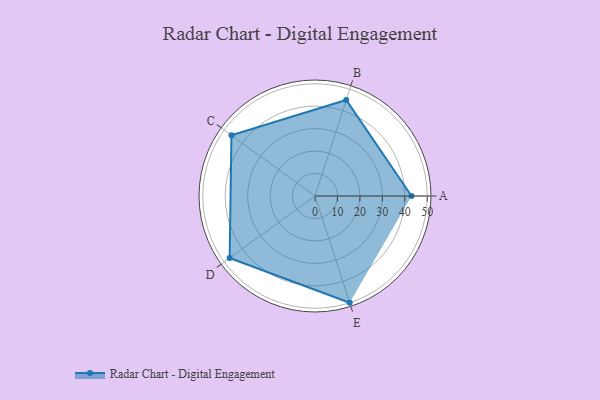
{"axis": {"x": "Skill", "y": "Score"}, "legend": ["Profile"], "data": [{"x": "A", "y": 43.0, "type": "Profile"}, {"x": "B", "y": 45.0, "type": "Profile"}, {"x": "C", "y": 46.0, "type": "Profile"}, {"x": "D", "y": 47.0, "type": "Profile"}, {"x": "E", "y": 50.0, "type": "Profile"}]}